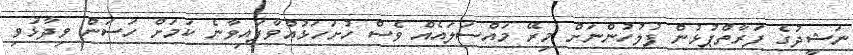
ނަޝީދުގެ ފަރާތްޕުޅުން ފުލުހުންނަށް މިރޭ މައްސަލައެއް ވެސް ހުށަހަޅުއްވާފައިވާނެ ކަމަށް ހަސަން ވިދާޅުވި